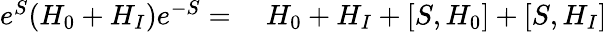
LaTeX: \begin{array}{rl}{e^{S}(H_{0}+H_{I})e^{-S}=}&{{}~H_{0}+H_{I}+[S,H_{0}]+[S,H_{I}]}\end{array}